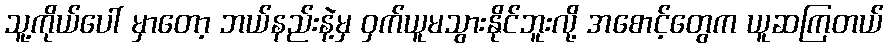
သူ့ကိုယ်ပေါ် မှာတော့ ဘယ်နည်းနဲ့မှ ဝှက်ယူမသွားနိုင်ဘူးလို့ အစောင့်တွေက ယူဆကြတယ်